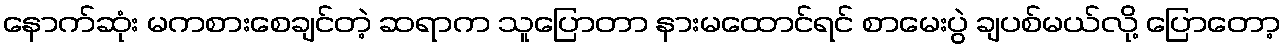
နောက်ဆုံး မကစားစေချင်တဲ့ ဆရာက သူပြောတာ နားမထောင်ရင် စာမေးပွဲ ချပစ်မယ်လို့ ပြောတော့